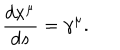
\frac { d x ^ { \mu } } { d s } = \gamma ^ { \mu } .